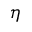
\eta